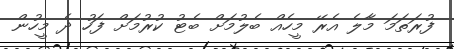
ފުރަތަމަ މާލެ އެރޭ މީހެއް ބެލުމަށް ބެޓު ކުރުމަށް ފަހު ދެ މީހުން